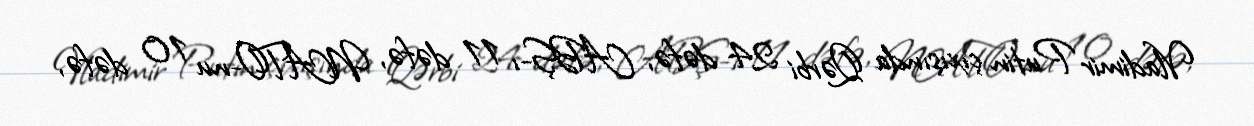
Vladimir Putin çıxışında Qərbi 24 dəfə, ABŞ-ı 11 dəfə, NATO-nu 10 dəfə,